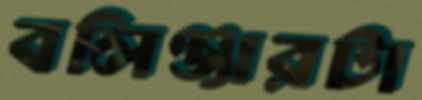
বলিঞ্জারটা